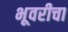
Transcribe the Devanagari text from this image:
भूवरीचा